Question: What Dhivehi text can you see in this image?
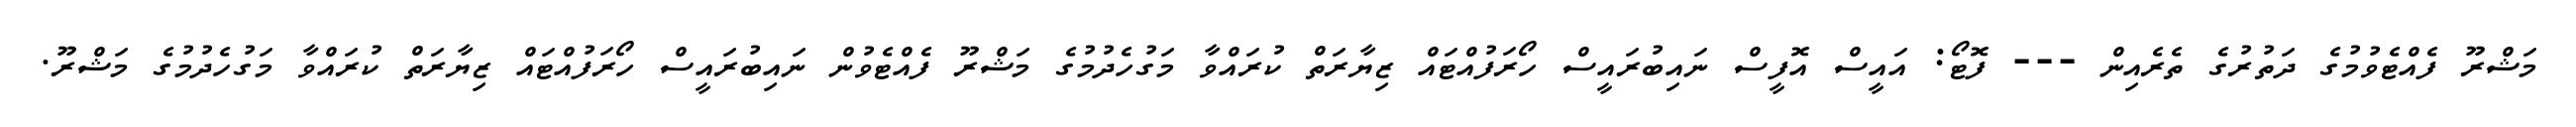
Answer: މަޝްރޫ ފެއްޓެވުމުގެ ދަތުރުގެ ތެރެއިން --- ފޮޓޯ: އައީސް އޮފީސް ނައިބުރައީސް ހޯރަފުއްޓައް ޒިޔާރަތް ކުރައްވާ މަގުހެދުމުގެ މަޝްރޫ ފެއްޓެވުން ނައިބުރައީސް ހޯރަފުއްޓައް ޒިޔާރަތް ކުރައްވާ މަގުހެދުމުގެ މަޝްރޫ.